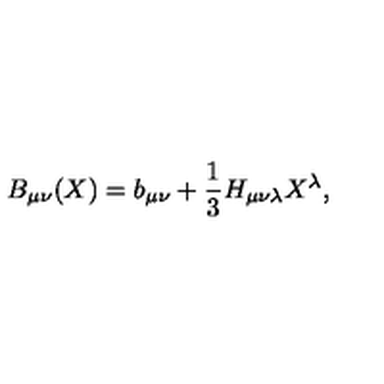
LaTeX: B _ { \mu \nu } ( X ) = b _ { \mu \nu } + \frac { 1 } { 3 } H _ { \mu \nu \lambda } X ^ { \lambda } ,